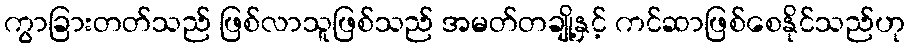
ကွာခြားတတ်သည် ဖြစ်လာသူဖြစ်သည် အမတ်တချို့နှင့် ကင်ဆာဖြစ်စေနိုင်သည်ဟု